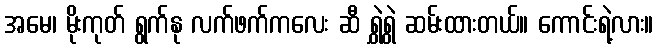
အမေ၊ မိုးကုတ် ရွက်နု လက်ဖက်ကလေး ဆီ ရွှဲရွှဲ ဆမ်းထားတယ်။ ကောင်းရဲ့လား။